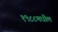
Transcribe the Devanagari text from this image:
१९८८मधील